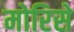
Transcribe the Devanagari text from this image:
मोरिसे